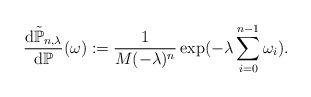
LaTeX: \begin{align*}\frac{\mbox{d} \tilde{\mathbb{P}}_{n,\lambda}}{ \mbox{d} \mathbb{P}} (\omega):= \frac{1}{M(-\lambda)^n} \exp(- \lambda\sum_{i=0}^{n-1} \omega_i).\end{align*}